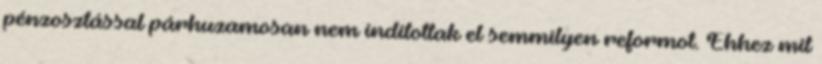
pénzosztással párhuzamosan nem indítottak el semmilyen reformot. Ehhez mit